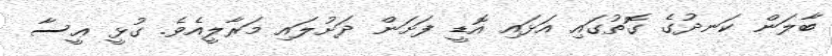
ބާލަން ކަނދުގެ ގޮތުގައި އަޅައި އޮޑީ ފަށަން ދަށުލައި މަރާލީއެވެ. ގުޅީ ޢީސާ